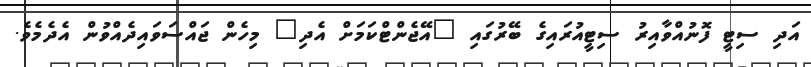
އަދި ސިޓީ ފޮނުއްވާއިރު ސިޓީއުރައިގެ ބޭރުގައި "އޭޖެންޓްކަމަށް އެދި" މިހެން ޖައްސަވައިދެއްވުން އެދެމެވެ.